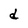
Character: d